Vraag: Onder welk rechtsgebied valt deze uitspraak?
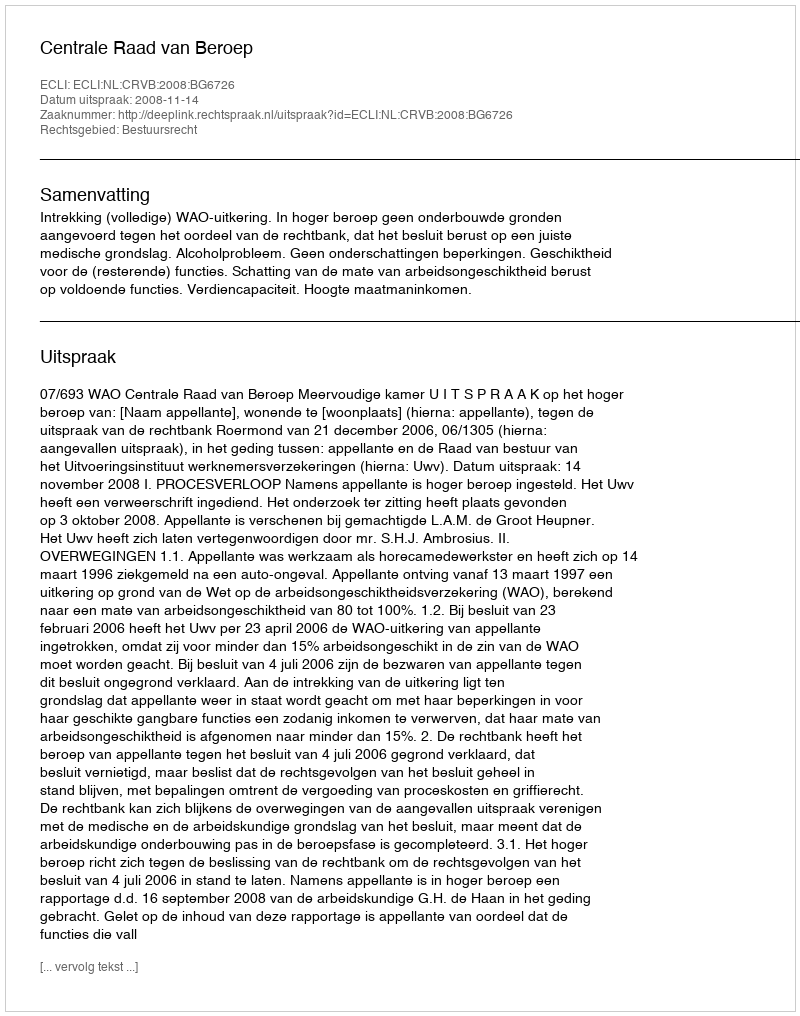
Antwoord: Bestuursrecht